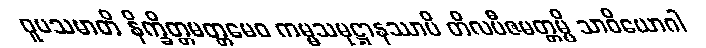
ဝူပသမာတိ နိက္ခိတ္တမတ္တမေဝ ကမ္မသမုဋ္ဌာနဿာပိ တိလဗီဇမတ္တမ္ပိ သာဝိယောဂါ